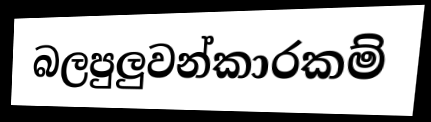
බලපුලුවන්කාරකම්